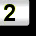
Digit: 2